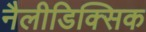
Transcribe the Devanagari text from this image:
नैलीडिक्सिक